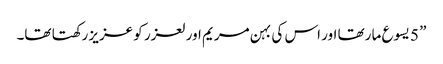
” 5 یسوع ما رتھا اور اس کی بہن مریم اور لعزر کو عزیز رکھتا تھا۔